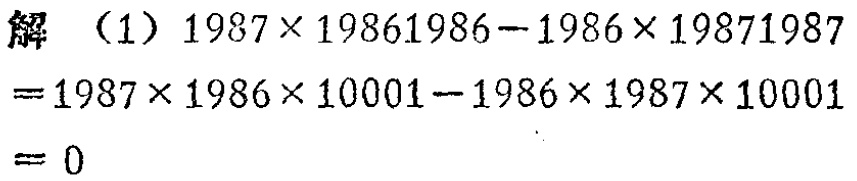
解 （1）

\[

\begin{align*}

&1987\times19861986 - 1986\times19871987\\

=&1987\times1986\times10001 - 1986\times1987\times10001\\

=&0

\end{align*}

\]